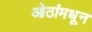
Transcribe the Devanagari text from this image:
ओठांमधून